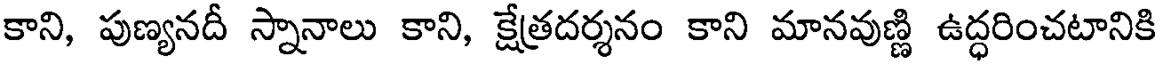
కాని, పుణ్యనదీ స్నానాలు కాని, క్షేత్రదర్శనం కాని మానవుణ్ణి ఉద్ధరించటానికి